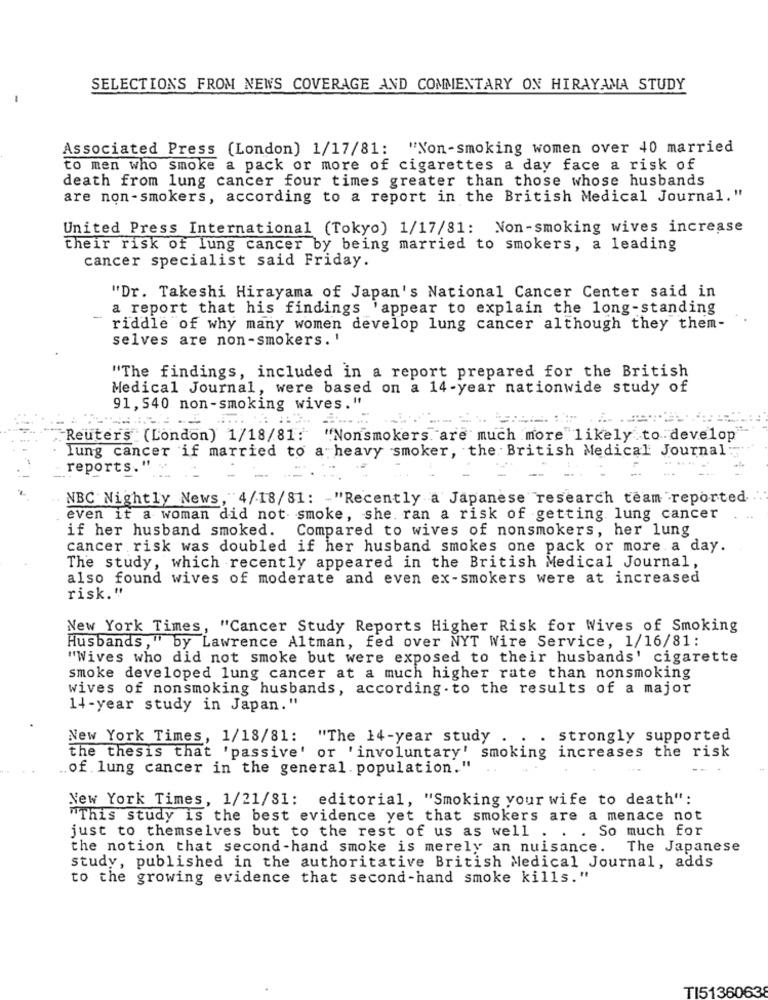
SELECTIONS FROM NEWS COVERAGE AND COMMENTARY ON HIRAYAMA STUDY
Associated Press (London) 1/17/81: "Non-smoking women over 40 married
to men who smoke a pack or more of cigarettes a day face a risk of
death from lung cancer four times greater than those whose husbands
are non-smokers, according to a report in the British Medical Journal."
United Press International (Tokyo) 1/17/81: Non-smoking wives increase
their risk of lung cancer by being married to smokers, a leading
cancer specialist said Friday.
"Dr. Takeshi Hirayama of Japan's National Cancer Center said in
a report that his findings 'appear to explain the long-standing
-
riddle of why many women develop lung cancer although they them-
selves are non-smokers. '
"The findings, included in a report prepared for the British
Medical Journal, were based on a 14-year nationwide study of
91, 540 non-smoking wives."
Reuters (London) 1/18/81:
"Nonsmokers are much more likely to develop
lung cancer if married to a heavy smoker, the British Medical Journal:
reports."
NBC Nightly News, 4/18/81: - "Recently a Japanese research team reported.
even if a woman did not smoke, she. ran a risk of getting lung cancer
if her husband smoked. Compared to wives of nonsmokers, her lung
cancer risk was doubled if her husband smokes one pack or more a day.
The study, which recently appeared in the British Medical Journal,
also found wives of moderate and even ex-smokers were at increased
risk."
New York Times, "Cancer Study Reports Higher Risk for Wives of Smoking
Husbands," by Lawrence Altman, fed over NYT Wire Service, 1/16/81:
"Wives who did not smoke but were exposed to their husbands' cigarette
smoke developed lung cancer at a much higher rate than nonsmoking
wives of nonsmoking husbands, according to the results of a major
14-year study in Japan."
New York Times, 1/18/81: "The 14-year study
. strongly supported
the thesis that 'passive' or 'involuntary' smoking increases the risk
.. of lung cancer in the general population."
New York Times, 1/21/81: editorial, "Smoking your wife to death":
"This study is the best evidence yet that smokers are a menace not
just to themselves but to the rest of us as well . . . So much for
the notion that second-hand smoke is merely an nuisance. The Japanese
study, published in the authoritative British Medical Journal, adds
to the growing evidence that second-hand smoke kills."
TI5136063